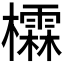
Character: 𪴖